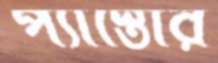
প্যাস্তোর